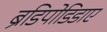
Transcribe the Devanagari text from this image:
ब्रैडिपोडिडाए